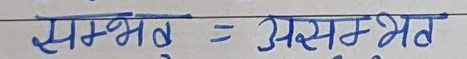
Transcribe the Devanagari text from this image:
सम्भव = असम्भव